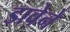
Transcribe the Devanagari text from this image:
डावेने